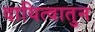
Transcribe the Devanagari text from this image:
दायित्वातुन